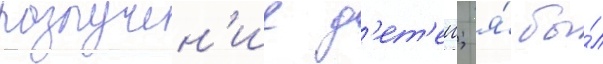
разлучен'ие д'ет'еи; я́ бы́л